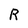
Character: R